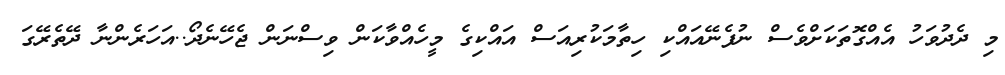
މި ދެދުވަހު އެއްގޮތަކަށްވެސް ނުފެނޭއައްކި ހިތާމަކުރިއަސް އައްކިގެ މީހެއްވާކަން ވިސްނަން ޖެހޭނެދޯ..އަހަރެންނާ ދޭތެރޭގަ